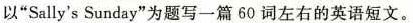
以"Sally'sSunday"为题写一篇60词左右的英语短文。